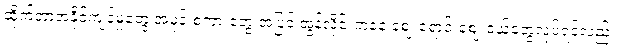
ဆိုက်ဘာအနိုင်ကျင့်မှုတွေ အမုန်းစကားတွေ အပြင် အွန်လိုင်းကနေ ဈေးရောင်းဈေးဝယ်တွေလုပ်ရင်လည်း